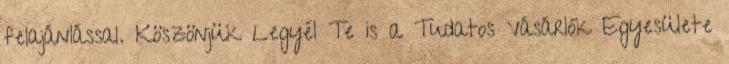
felajánlással. Köszönjük Legyél Te is a Tudatos Vásárlók Egyesülete